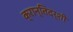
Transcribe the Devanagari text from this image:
क्रान्तिदर्शी